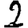
Digit: 2